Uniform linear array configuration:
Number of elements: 24
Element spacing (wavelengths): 1
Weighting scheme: hamming
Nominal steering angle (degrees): -60
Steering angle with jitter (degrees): -59.884
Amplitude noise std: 0.05
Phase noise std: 0.05

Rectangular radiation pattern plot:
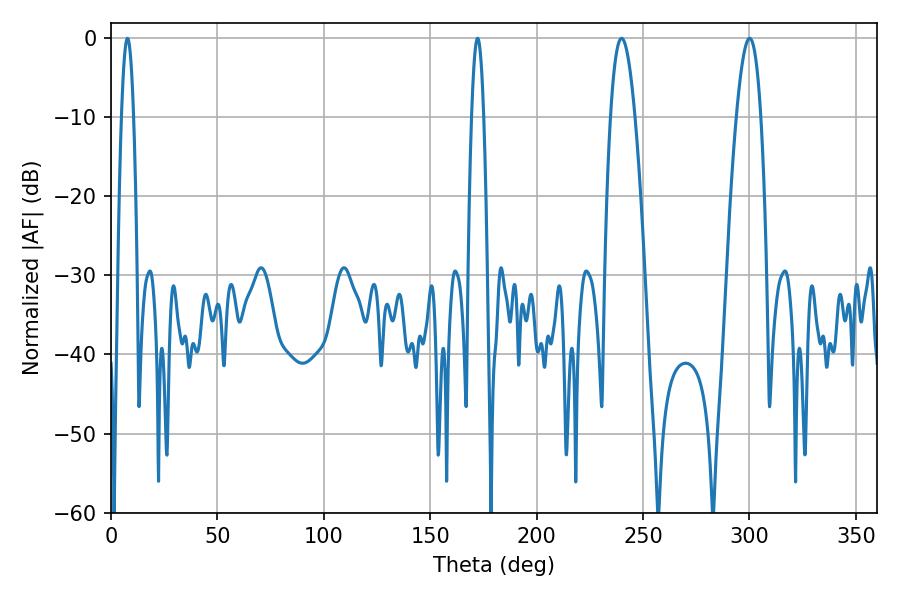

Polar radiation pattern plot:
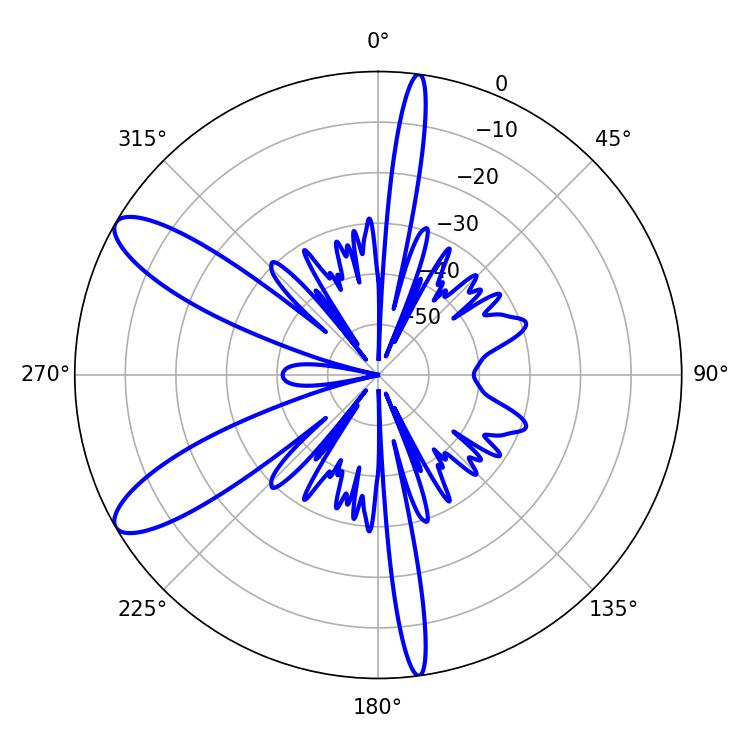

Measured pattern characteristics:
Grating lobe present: TRUE
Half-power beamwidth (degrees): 3.24
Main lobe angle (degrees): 7.74